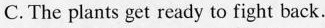
C.The plants get ready to fight back.